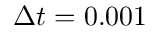
\Delta t = 0 . 0 0 1